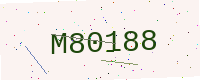
Text: M80188